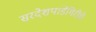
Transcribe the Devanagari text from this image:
सरदेशपांडेगिरीचे